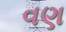
વણ